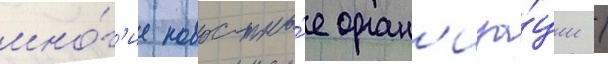
мно́г'ие новостны́е орган'иза́ции /